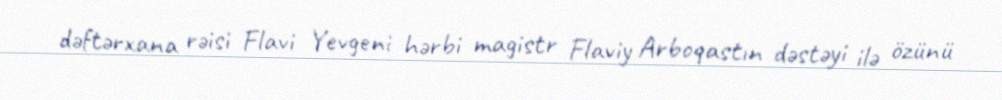
dəftərxana rəisi Flavi Yevgeni hərbi magistr Flaviy Arboqastın dəstəyi ilə özünü